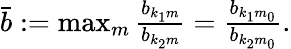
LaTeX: \begin{array}{r}{\bar{b}:=\operatorname*{max}_{m}\frac{b_{{k_{1}}{m}}}{b_{{k_{2}}{m}}}=\frac{b_{{k_{1}}{m_{0}}}}{b_{{k_{2}}{m_{0}}}}.}\end{array}